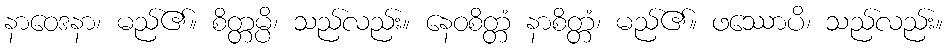
နာဝေဒနာ၊ မည်၏။ စိတ္တမ္ပိ၊ သည်လည်း။ နေဝစိတ္တံ နာစိတ္တံ၊ မည်၏။ ဖဿောပိ၊ သည်လည်း။